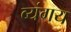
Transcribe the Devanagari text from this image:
व्यंगय